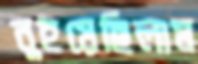
নুইয়েছিলাম